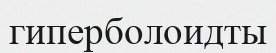
гиперболоидты